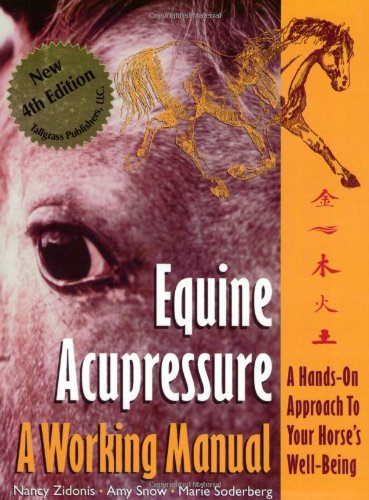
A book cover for Equine Acupressure: A Working Manual; Nancy A. Zidonis; Medical Books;